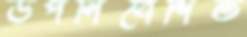
উপনিবেশিত